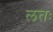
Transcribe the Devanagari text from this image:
लतः